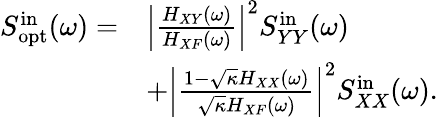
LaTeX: \begin{array}{rl}{S_{\mathrm{opt}}^{\mathrm{in}}(\omega)=}&{\left|\frac{H_{XY}(\omega)}{H_{XF}(\omega)}\right|^{2}S_{YY}^{\mathrm{in}}(\omega)}\\ &{+\left|\frac{1-\sqrt{\kappa}H_{XX}(\omega)}{\sqrt{\kappa}H_{XF}(\omega)}\right|^{2}S_{XX}^{\mathrm{in}}(\omega).}\end{array}